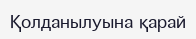
Қолданылуына қарай